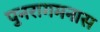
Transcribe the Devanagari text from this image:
पुनरागमनास